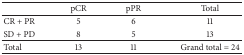
|  | pCR | pPR | Total |
 | --- | --- | --- | --- |
 | CR + PR | 5 | 6 | 11 |
 | SD + PD | 8 | 5 | 13 |
 | Total | 13 | 11 | Grand total = 24 |